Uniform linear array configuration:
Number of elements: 16
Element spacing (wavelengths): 1
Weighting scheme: hann
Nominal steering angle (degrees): -60
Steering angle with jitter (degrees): -58.542
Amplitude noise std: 0.05
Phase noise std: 0.05

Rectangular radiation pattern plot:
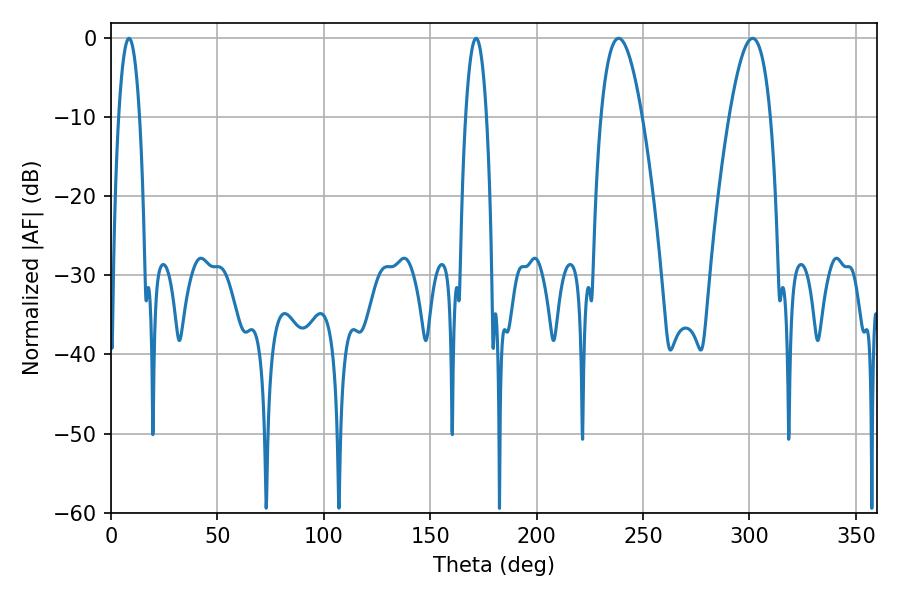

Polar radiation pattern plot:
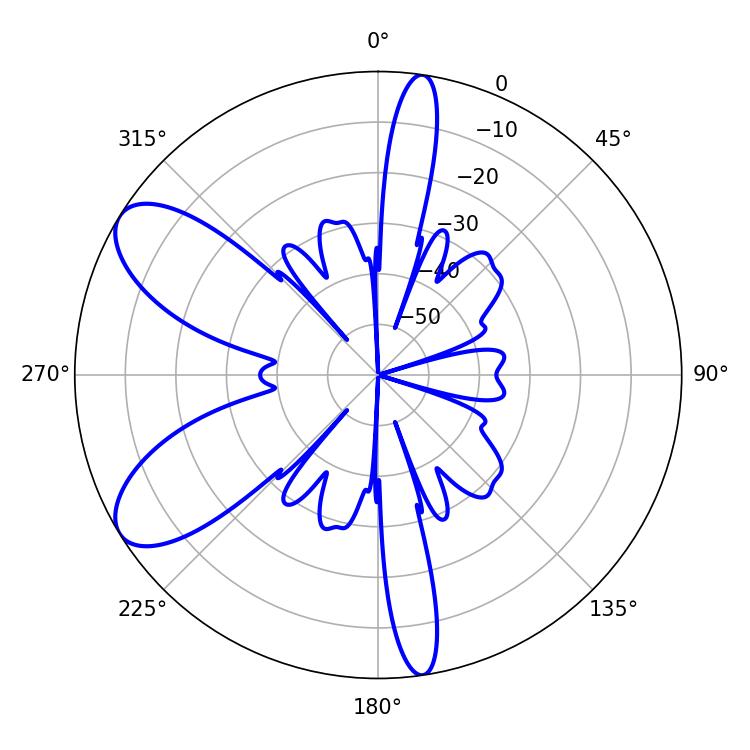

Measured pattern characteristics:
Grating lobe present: TRUE
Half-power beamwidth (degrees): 5.4
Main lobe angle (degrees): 8.46